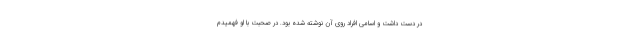
در دست داشت و اسامی افراد روی آن نوشته شده بود. در صحبت با او فهمیدم